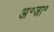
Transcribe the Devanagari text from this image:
अ॰जा॰